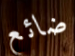
ضائع